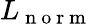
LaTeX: L_{\mathrm{~n~o~r~m~}}